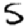
Digit: 5